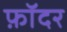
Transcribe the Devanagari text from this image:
फ़ॉदर